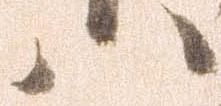
八